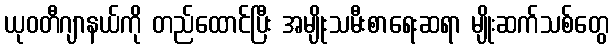
ယုဝတီဂျာနယ်ကို တည်ထောင်ပြီး အမျိုးသမီးစာရေးဆရာ မျိုးဆက်သစ်တွေ